Vana-Kasaritsa_(Kasaritsa)_vallavalitsus, lk 42
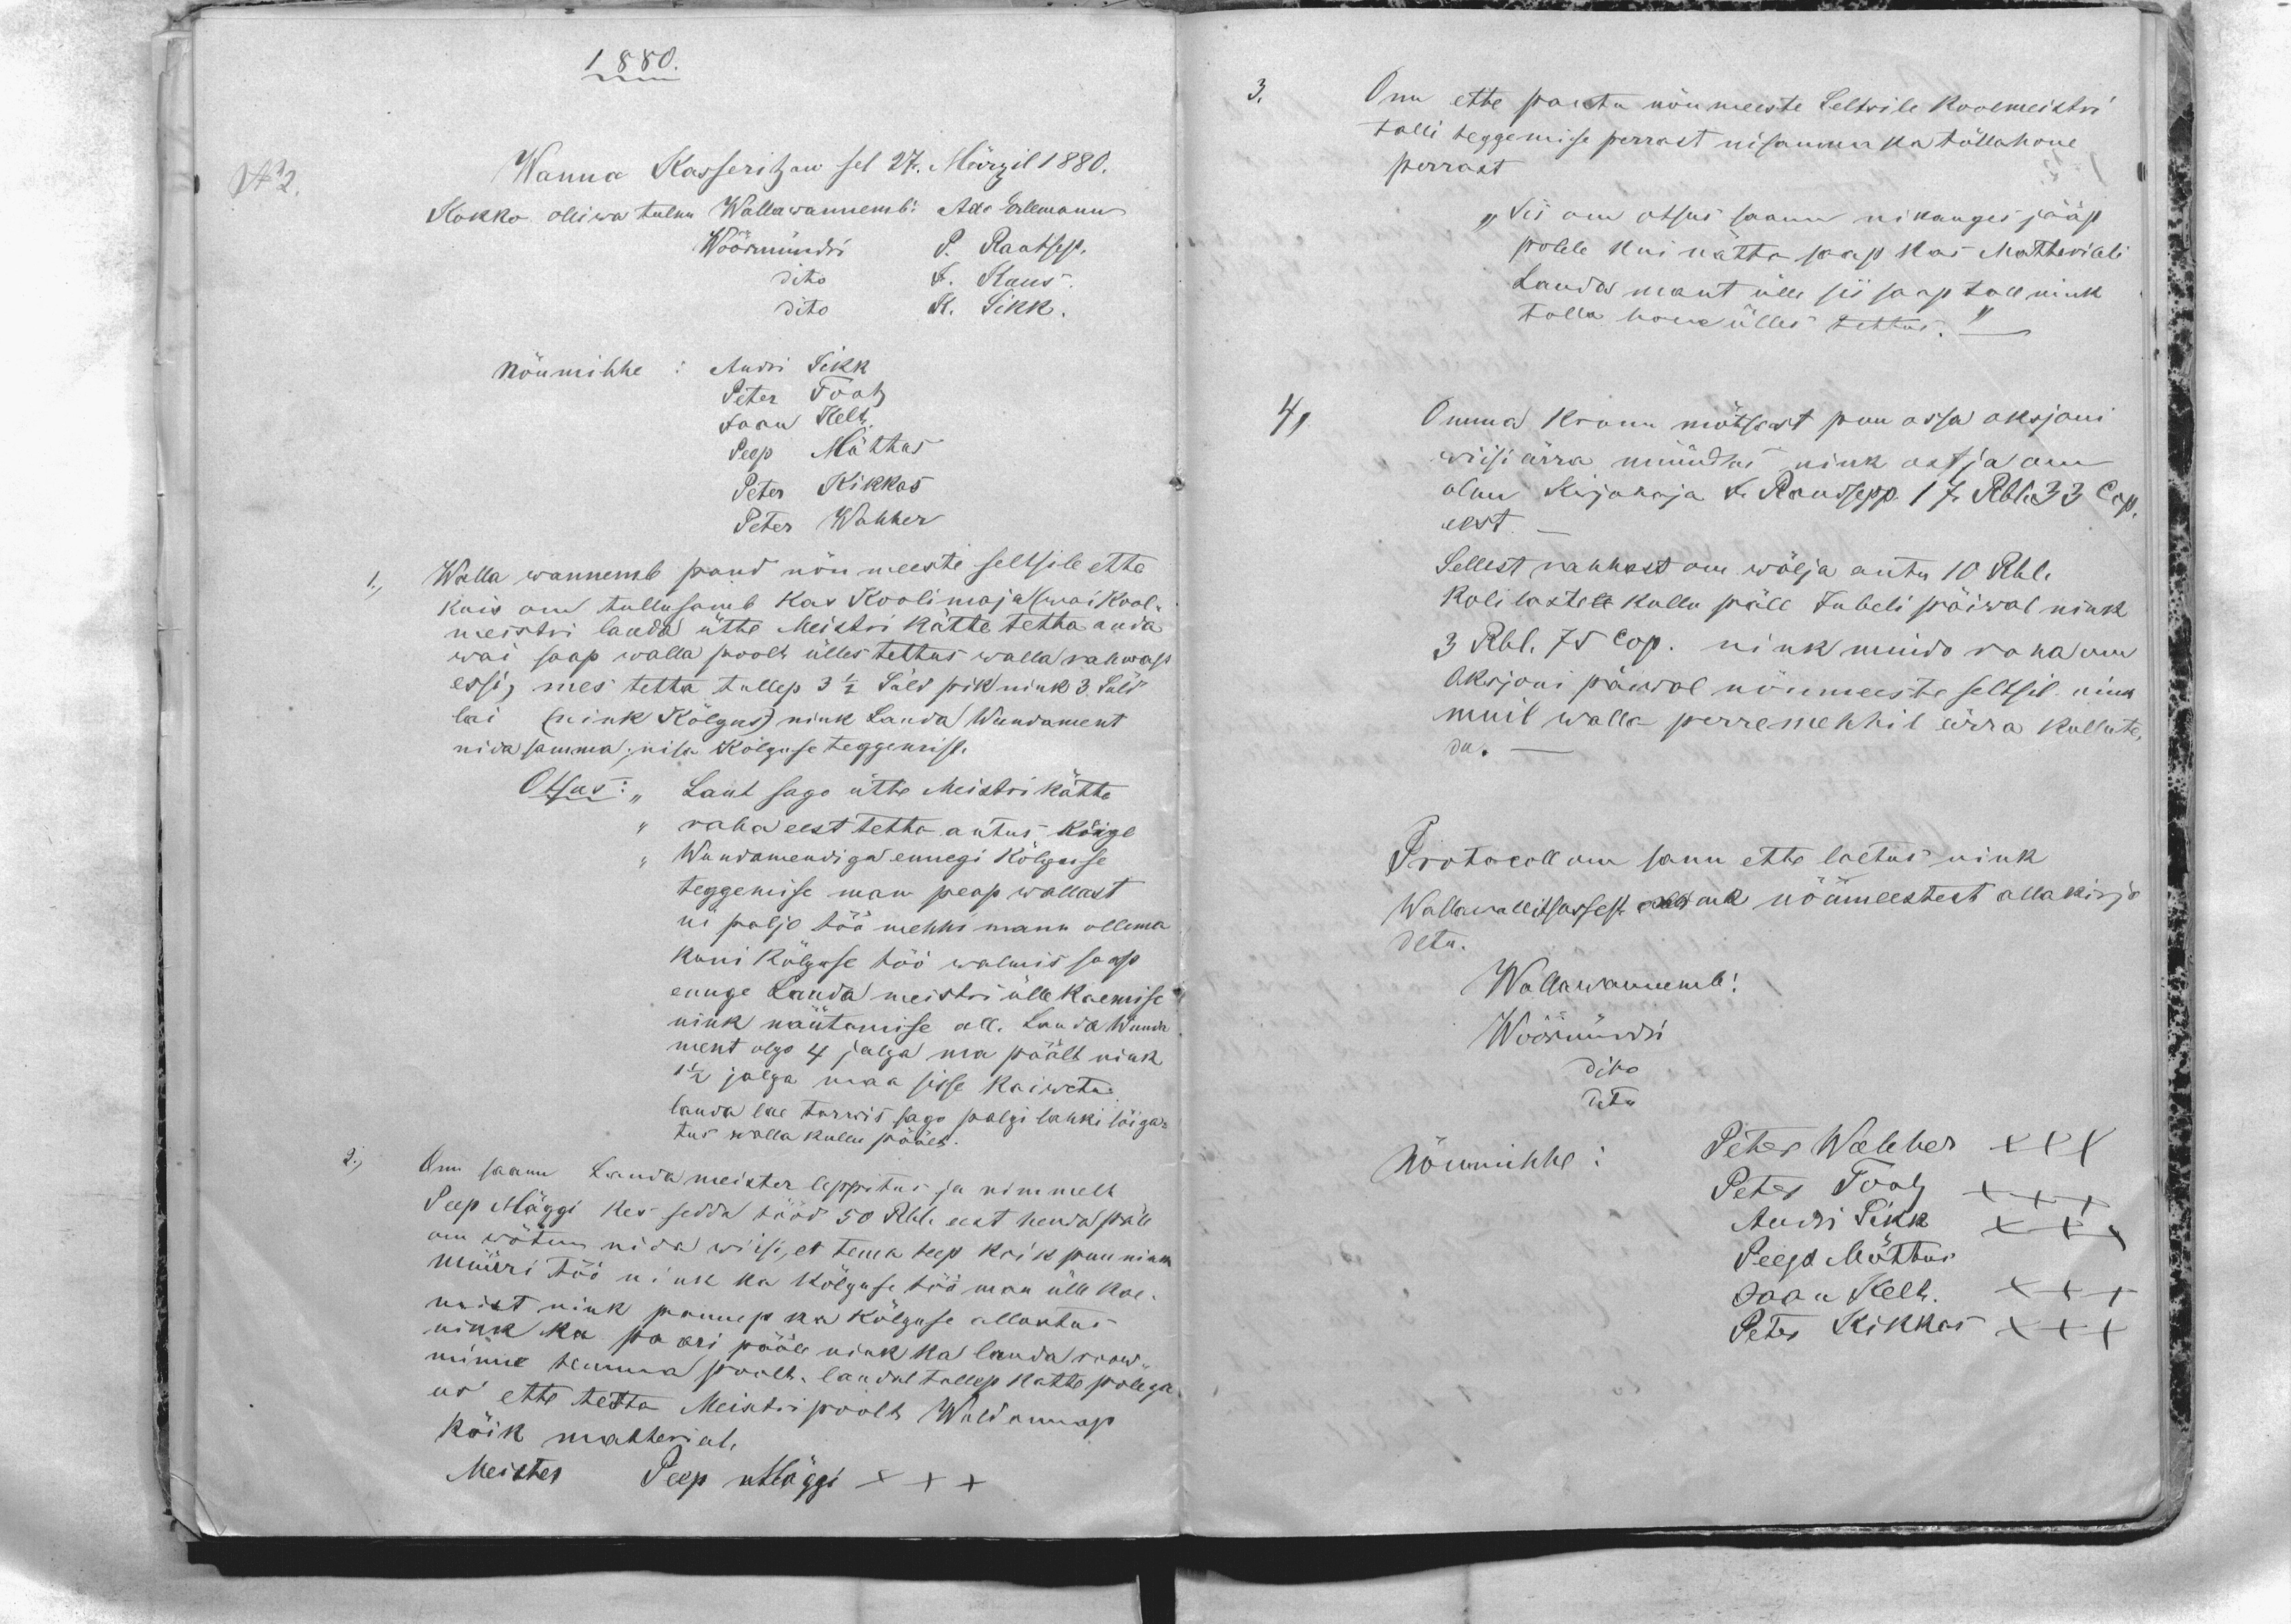
1880.

Wanna Kasseritzan sel 27. Märzil 1880.
Kokko olliwa tulnu Wallawannemb: Ado Erlemann
Wöörmündri P. Rautsep.
dito J. Kuus
dito K. Sikk.
Nõumihhe Andri Sikk
Peter Tootz
Jaan Kelt
Peep Mõttus
Peter Kikkas
Peter Wahher
1., Walla wannemb pand nõu meeste seltsile ette
kuis om tullusamb kas Koolimaja (wai Kool-
meistri lauda ütte Meistri kätte tetta anda
wai saap walla poolt ülles tettas walla rahwast
essi) mes tetta tullep 3 1/2 Süld pik nink 3 Süld
lai (nink Kõlgus) nink Lauda Wundament
nida samma, nisa Kõlguse teggemist.
Otsus: "Laut sago ütte Meistri kätte
,, raha eest tetto antus kõige
,, Wundamendiga ennegi Kõlguse
teggemise man peap wallast
ni paljo töö mehhi manu ollema
kuni Kõlguse töö walmis saap
ennge Lauda meistri ülle kaemise
nink näutamise all. Lauda Wunda
ment olgo 4 jalga ma päält nink
1 1/2 jalga maa sisse Kaiweta.
lauda lae tarwis sago palgi lahki lõiga-
tus walla kullu päält.
2., Om saanu Lauda meister leppitus ja nimmelt
Peep Mäggi kes sedda tööd 50 Rbl eest henda päle
om wõtnu, nida wiisi, et tema teep koik puu nink
müüri töö nink ka kõlguse töö man ülle kae-
mist nink pannep ka kõlguse allustus
ning ka poori pääle nink ka lauda roow-
minne temma poolt. laudal tullep katte polega
us ette tetta Meistri poolt Wald annap
kõik matterial.
Meister Peep Mäggi XXX

3. Om ette pantu nõumeeste Seltsile koolmeistri
talli teggemise perrast nisamma ka tõllahone
perrast
" Sis om otsus saanu nikauges pääst
polele kui nätta saap kas Matteriali
Lauda mant ülle sis saap tall nink
tolla hone ülles tettus.`` -
4, Omma kronu mõtssast puu ossa oksjoni
wiisi ärra müüdas nink ostja om
olnu kirjotaja J. Raudsepp 17 Rbl. 33 Cop.
eest.-
Sellest rahhast om wälja antu 10 Rbl.
koli lastele kullu päle Jubeli päiwal nink
3 Rbl. 75 Cop. nink muido raha om
Oksjoni päiwal nõumeeste seltsil nink
muil walla perremehhil ärra kullute-
du.-
Protocoll om sanu ette loetus nink
Wallawallitsussest nink nõumeestest allakirjo
detu.
Wallawannemb!
Wöörmündri
dito
dito
Nõumihhe:
Peter Wahher XXX
Peter Tootz XXX
Andri Sikk XXX
Peep Mõttus
Jaan Kelt XXX
Peter Kikkas XXX

No 2.